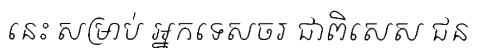
នេះ សម្រាប់ អ្នកទេសចរ ជាពិសេស ជន